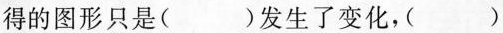
得的图形只是()发生了变化，()